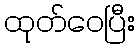
ထုတ်ဝေပြီး